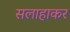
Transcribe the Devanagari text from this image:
सलाहाकर